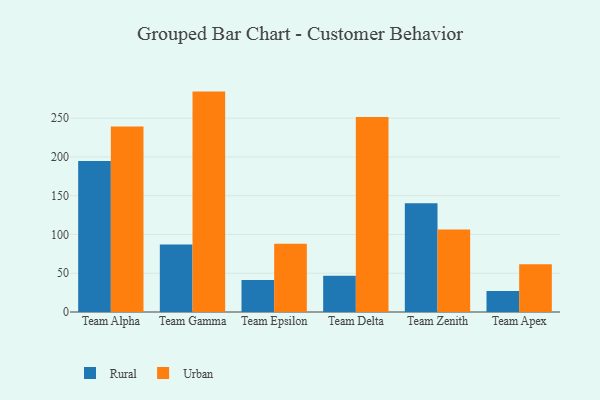
{"axis": {"x": "Team", "y": "Bounce Rate (%)"}, "legend": ["Rural", "Urban"], "data": [{"x": "Team Alpha", "y": 194.9, "type": "Rural"}, {"x": "Team Alpha", "y": 239.4, "type": "Urban"}, {"x": "Team Gamma", "y": 87.0, "type": "Rural"}, {"x": "Team Gamma", "y": 284.3, "type": "Urban"}, {"x": "Team Epsilon", "y": 41.2, "type": "Rural"}, {"x": "Team Epsilon", "y": 88.1, "type": "Urban"}, {"x": "Team Delta", "y": 46.6, "type": "Rural"}, {"x": "Team Delta", "y": 251.5, "type": "Urban"}, {"x": "Team Zenith", "y": 140.3, "type": "Rural"}, {"x": "Team Zenith", "y": 106.5, "type": "Urban"}, {"x": "Team Apex", "y": 27.1, "type": "Rural"}, {"x": "Team Apex", "y": 61.6, "type": "Urban"}]}